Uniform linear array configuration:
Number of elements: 16
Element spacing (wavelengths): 0.25
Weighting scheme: hann
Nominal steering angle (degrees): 15
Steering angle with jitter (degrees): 15.227
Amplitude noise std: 0.05
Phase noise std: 0.05

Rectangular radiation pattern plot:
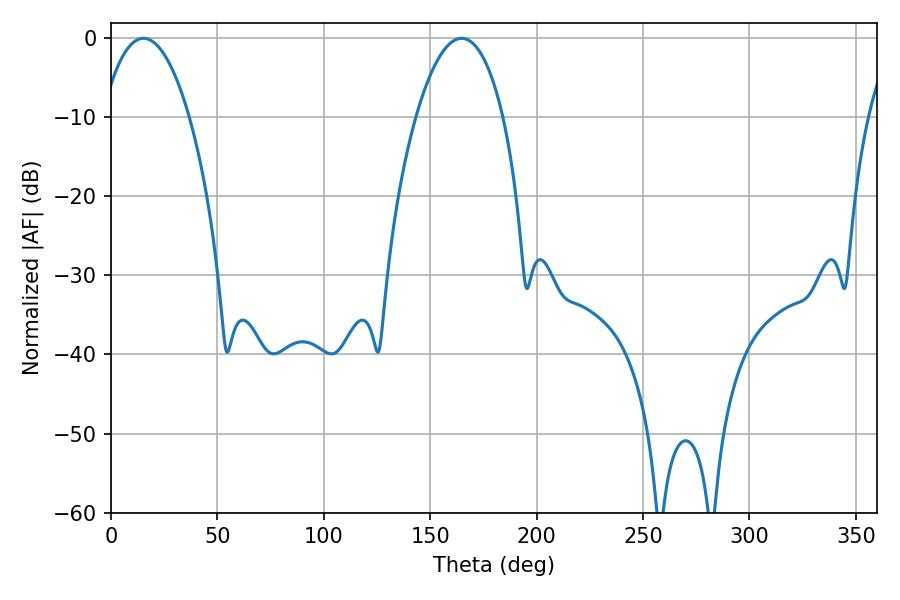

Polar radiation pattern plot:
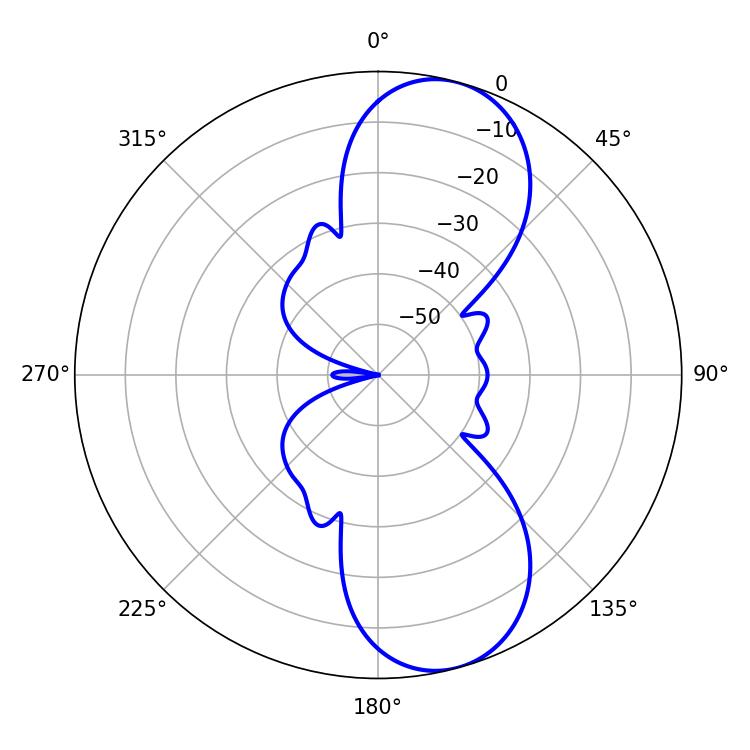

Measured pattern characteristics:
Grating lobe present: FALSE
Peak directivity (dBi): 9.427
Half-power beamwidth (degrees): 22.86
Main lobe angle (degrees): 15.3